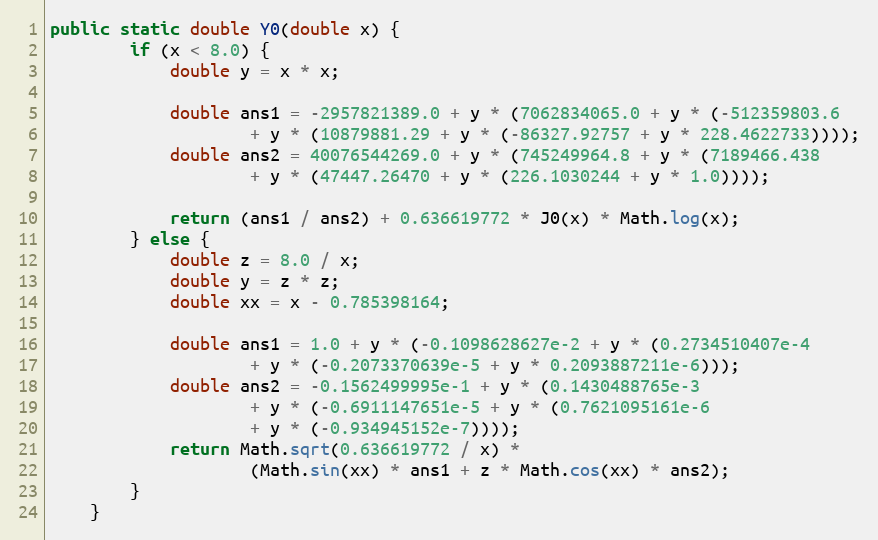
Language: Java
public static double Y0(double x) {
        if (x < 8.0) {
            double y = x * x;

            double ans1 = -2957821389.0 + y * (7062834065.0 + y * (-512359803.6
                    + y * (10879881.29 + y * (-86327.92757 + y * 228.4622733))));
            double ans2 = 40076544269.0 + y * (745249964.8 + y * (7189466.438
                    + y * (47447.26470 + y * (226.1030244 + y * 1.0))));

            return (ans1 / ans2) + 0.636619772 * J0(x) * Math.log(x);
        } else {
            double z = 8.0 / x;
            double y = z * z;
            double xx = x - 0.785398164;

            double ans1 = 1.0 + y * (-0.1098628627e-2 + y * (0.2734510407e-4
                    + y * (-0.2073370639e-5 + y * 0.2093887211e-6)));
            double ans2 = -0.1562499995e-1 + y * (0.1430488765e-3
                    + y * (-0.6911147651e-5 + y * (0.7621095161e-6
                    + y * (-0.934945152e-7))));
            return Math.sqrt(0.636619772 / x) *
                    (Math.sin(xx) * ans1 + z * Math.cos(xx) * ans2);
        }
    }